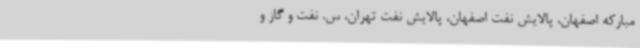
مبارکه اصفهان، پالایش نفت اصفهان، پالایش نفت تهران، س. نفت و گاز و